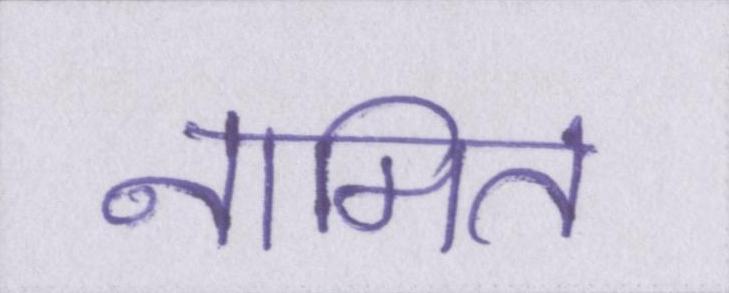
नामित